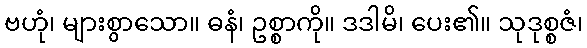
ဗဟုံ၊ များစွာသော။ ဓနံ၊ ဥစ္စာကို။ ဒဒါမိ၊ ပေး၏။ သုဒုစ္စဇံ၊